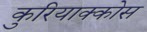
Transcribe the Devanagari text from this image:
कुरियाक्कोस